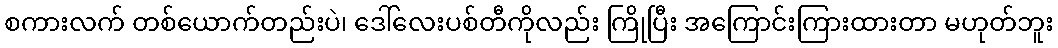
စကားလက် တစ်ယောက်တည်းပဲ၊ ဒေါ်လေးပစ်တီကိုလည်း ကြိုပြီး အကြောင်းကြားထားတာ မဟုတ်ဘူး